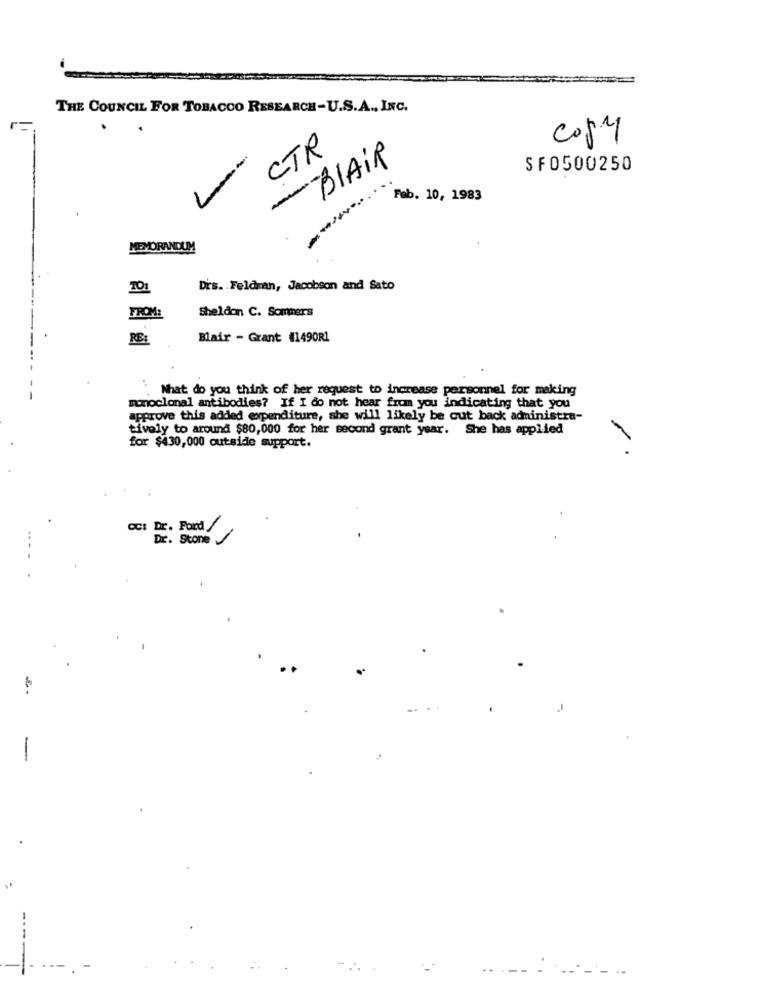
THE COUNCIL FOR TOBACCO RESEARCH-U.S.A ., INC.
copy
CTR
--
BLAIR
SFO500250
Feb. 10, 1983
MEMORANDUM
TO1
Drs. Feldman, Jacobson and Sato
FROM:
Sheldon C. Sommers
RE:
Blair - Grant #1490R1
What do you think of her request to increase personnel for making
monoclonal antibodies? If I do not hear from you indicating that you
approve this added expenditure, she will likely be cut back administra-
tively to around $80,000 for her second grant year. She has applied
for $430,000 outside support.
CC: Dr. Ford /
Dr. Stone
.